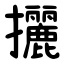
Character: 攦